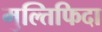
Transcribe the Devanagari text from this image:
मुल्तिफिदा